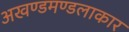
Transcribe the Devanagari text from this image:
अखण्डमण्डलाकार